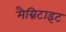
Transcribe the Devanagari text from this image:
मैग्निटाइट